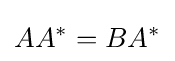
AA^{*}=BA^{*}